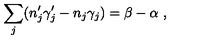
\sum _ { j } ( n _ { j } ^ { \prime } \gamma _ { j } ^ { \prime } - n _ { j } \gamma _ { j } ) = \beta - \alpha \ ,